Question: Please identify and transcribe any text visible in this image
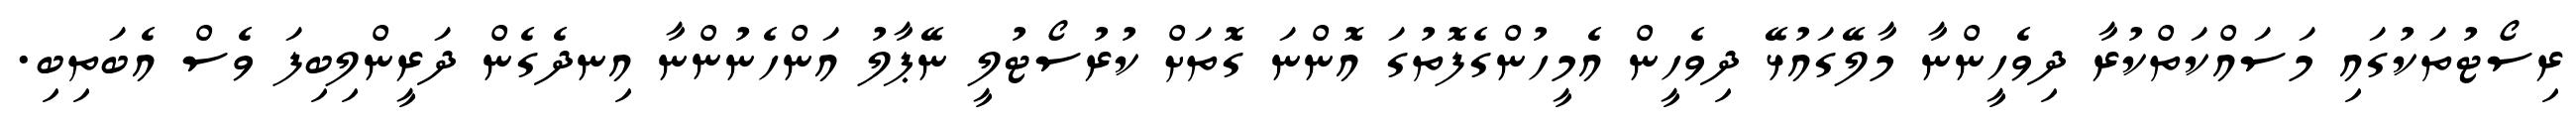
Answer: ރިސޯޓުތަކުގައި މަސައްކަތްކުރާ ދިވެހީންނާ މާލޭގައުޅޭ ދިވެހީން އެމީހުންގެފޮތުގަ އޮންނަ ގޮތަށް ކުރުސޯޓުލީ ނޭޕާލު އަންހެނުންނާ އިނދެގެން ދަރީންލިބިފަ ވެސް އެބަތިބި.